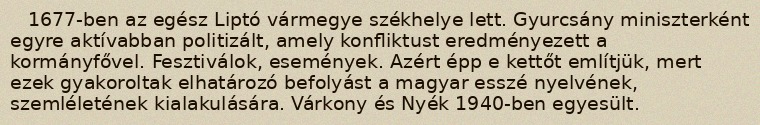
1677-ben az egész Liptó vármegye székhelye lett. Gyurcsány miniszterként egyre aktívabban politizált, amely konfliktust eredményezett a kormányfővel. Fesztiválok, események. Azért épp e kettőt említjük, mert ezek gyakoroltak elhatározó befolyást a magyar esszé nyelvének, szemléletének kialakulására. Várkony és Nyék 1940-ben egyesült.